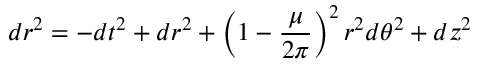
d r ^ { 2 } = - d t ^ { 2 } + d r ^ { 2 } + \left( 1 - \frac { \mu } { 2 \pi } \right) ^ { 2 } r ^ { 2 } d \theta ^ { 2 } + d z ^ { 2 }